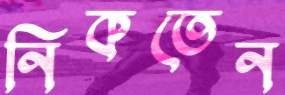
নিকতেন